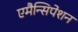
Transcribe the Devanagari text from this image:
एमैन्सिपेशन